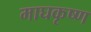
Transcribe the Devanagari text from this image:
माघकृष्ण